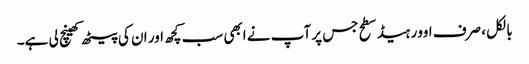
بالکل ، صرف اوور ہیڈ سطح جس پر آپ نے ابھی سب کچھ اور ان کی پیٹھ کھینچ لی ہے۔